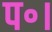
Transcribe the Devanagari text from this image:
प॰।